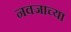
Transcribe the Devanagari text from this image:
नवजाच्या